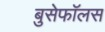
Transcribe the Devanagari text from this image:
बुसेफॉलस